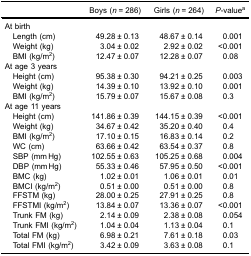
|  | Boys (n = 286) | Girls (n = 264) | P-valuea |
 | --- | --- | --- | --- |
 | At birth |  |  |  |
 | Length (cm) | 49.28 ± 0.13 | 48.67 ± 0.14 | 0.001 |
 | Weight (kg) | 3.04 ± 0.02 | 2.92 ± 0.02 | <0.001 |
 | BMI (kg/m2) | 12.47 ± 0.07 | 12.28 ± 0.07 | 0.08 |
 | At age 3 years |  |  |  |
 | Height (cm) | 95.38 ± 0.30 | 94.21 ± 0.25 | 0.003 |
 | Weight (kg) | 14.39 ± 0.10 | 13.92 ± 0.10 | 0.001 |
 | BMI (kg/m2) | 15.79 ± 0.07 | 15.67 ± 0.08 | 0.3 |
 | At age 11 years |  |  |  |
 | Height (cm) | 141.86 ± 0.39 | 144.15 ± 0.39 | <0.001 |
 | Weight (kg) | 34.67 ± 0.42 | 35.20 ± 0.40 | 0.4 |
 | BMI (kg/m2) | 17.10 ± 0.15 | 16.83 ± 0.14 | 0.2 |
 | WC (cm) | 63.66 ± 0.42 | 63.54 ± 0.37 | 0.8 |
 | SBP (mm Hg) | 102.55 ± 0.63 | 105.25 ± 0.68 | 0.004 |
 | DBP (mm Hg) | 55.33 ± 0.46 | 57.95 ± 0.50 | <0.001 |
 | BMC (kg) | 1.02 ± 0.01 | 1.06 ± 0.01 | 0.01 |
 | BMCI (kg/m2) | 0.51 ± 0.00 | 0.51 ± 0.00 | 0.8 |
 | FFSTM (kg) | 28.00 ± 0.25 | 27.91 ± 0.25 | 0.8 |
 | FFSTMI (kg/m2) | 13.84 ± 0.07 | 13.36 ± 0.07 | <0.001 |
 | Trunk FM (kg) | 2.14 ± 0.09 | 2.38 ± 0.08 | 0.054 |
 | Trunk FMI (kg/m2) | 1.04 ± 0.04 | 1.13 ± 0.04 | 0.1 |
 | Total FM (kg) | 6.98 ± 0.21 | 7.61 ± 0.18 | 0.03 |
 | Total FMI (kg/m2) | 3.42 ± 0.09 | 3.63 ± 0.08 | 0.1 |